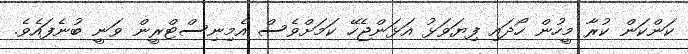
ކަންކަން ކުރާ މީހުން ހޯދައި ފިޔަވަޅު އަޅަންޖެހޭ ކަމަށްވެސް އެމިނިސްޓްރީން ވަނީ ބުނެފައެވެ.